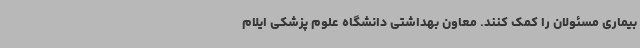
بیماری مسئولان را کمک کنند. معاون بهداشتی دانشگاه علوم پزشکی ایلام